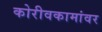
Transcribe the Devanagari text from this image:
कोरीवकामांवर